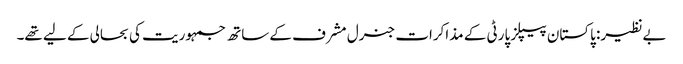
بےنظیر: پاکستان پیپلز پارٹی کے مذاکرات جنرل مشرف کے ساتھ جمہوریت کی بحالی کے لیے تھے۔